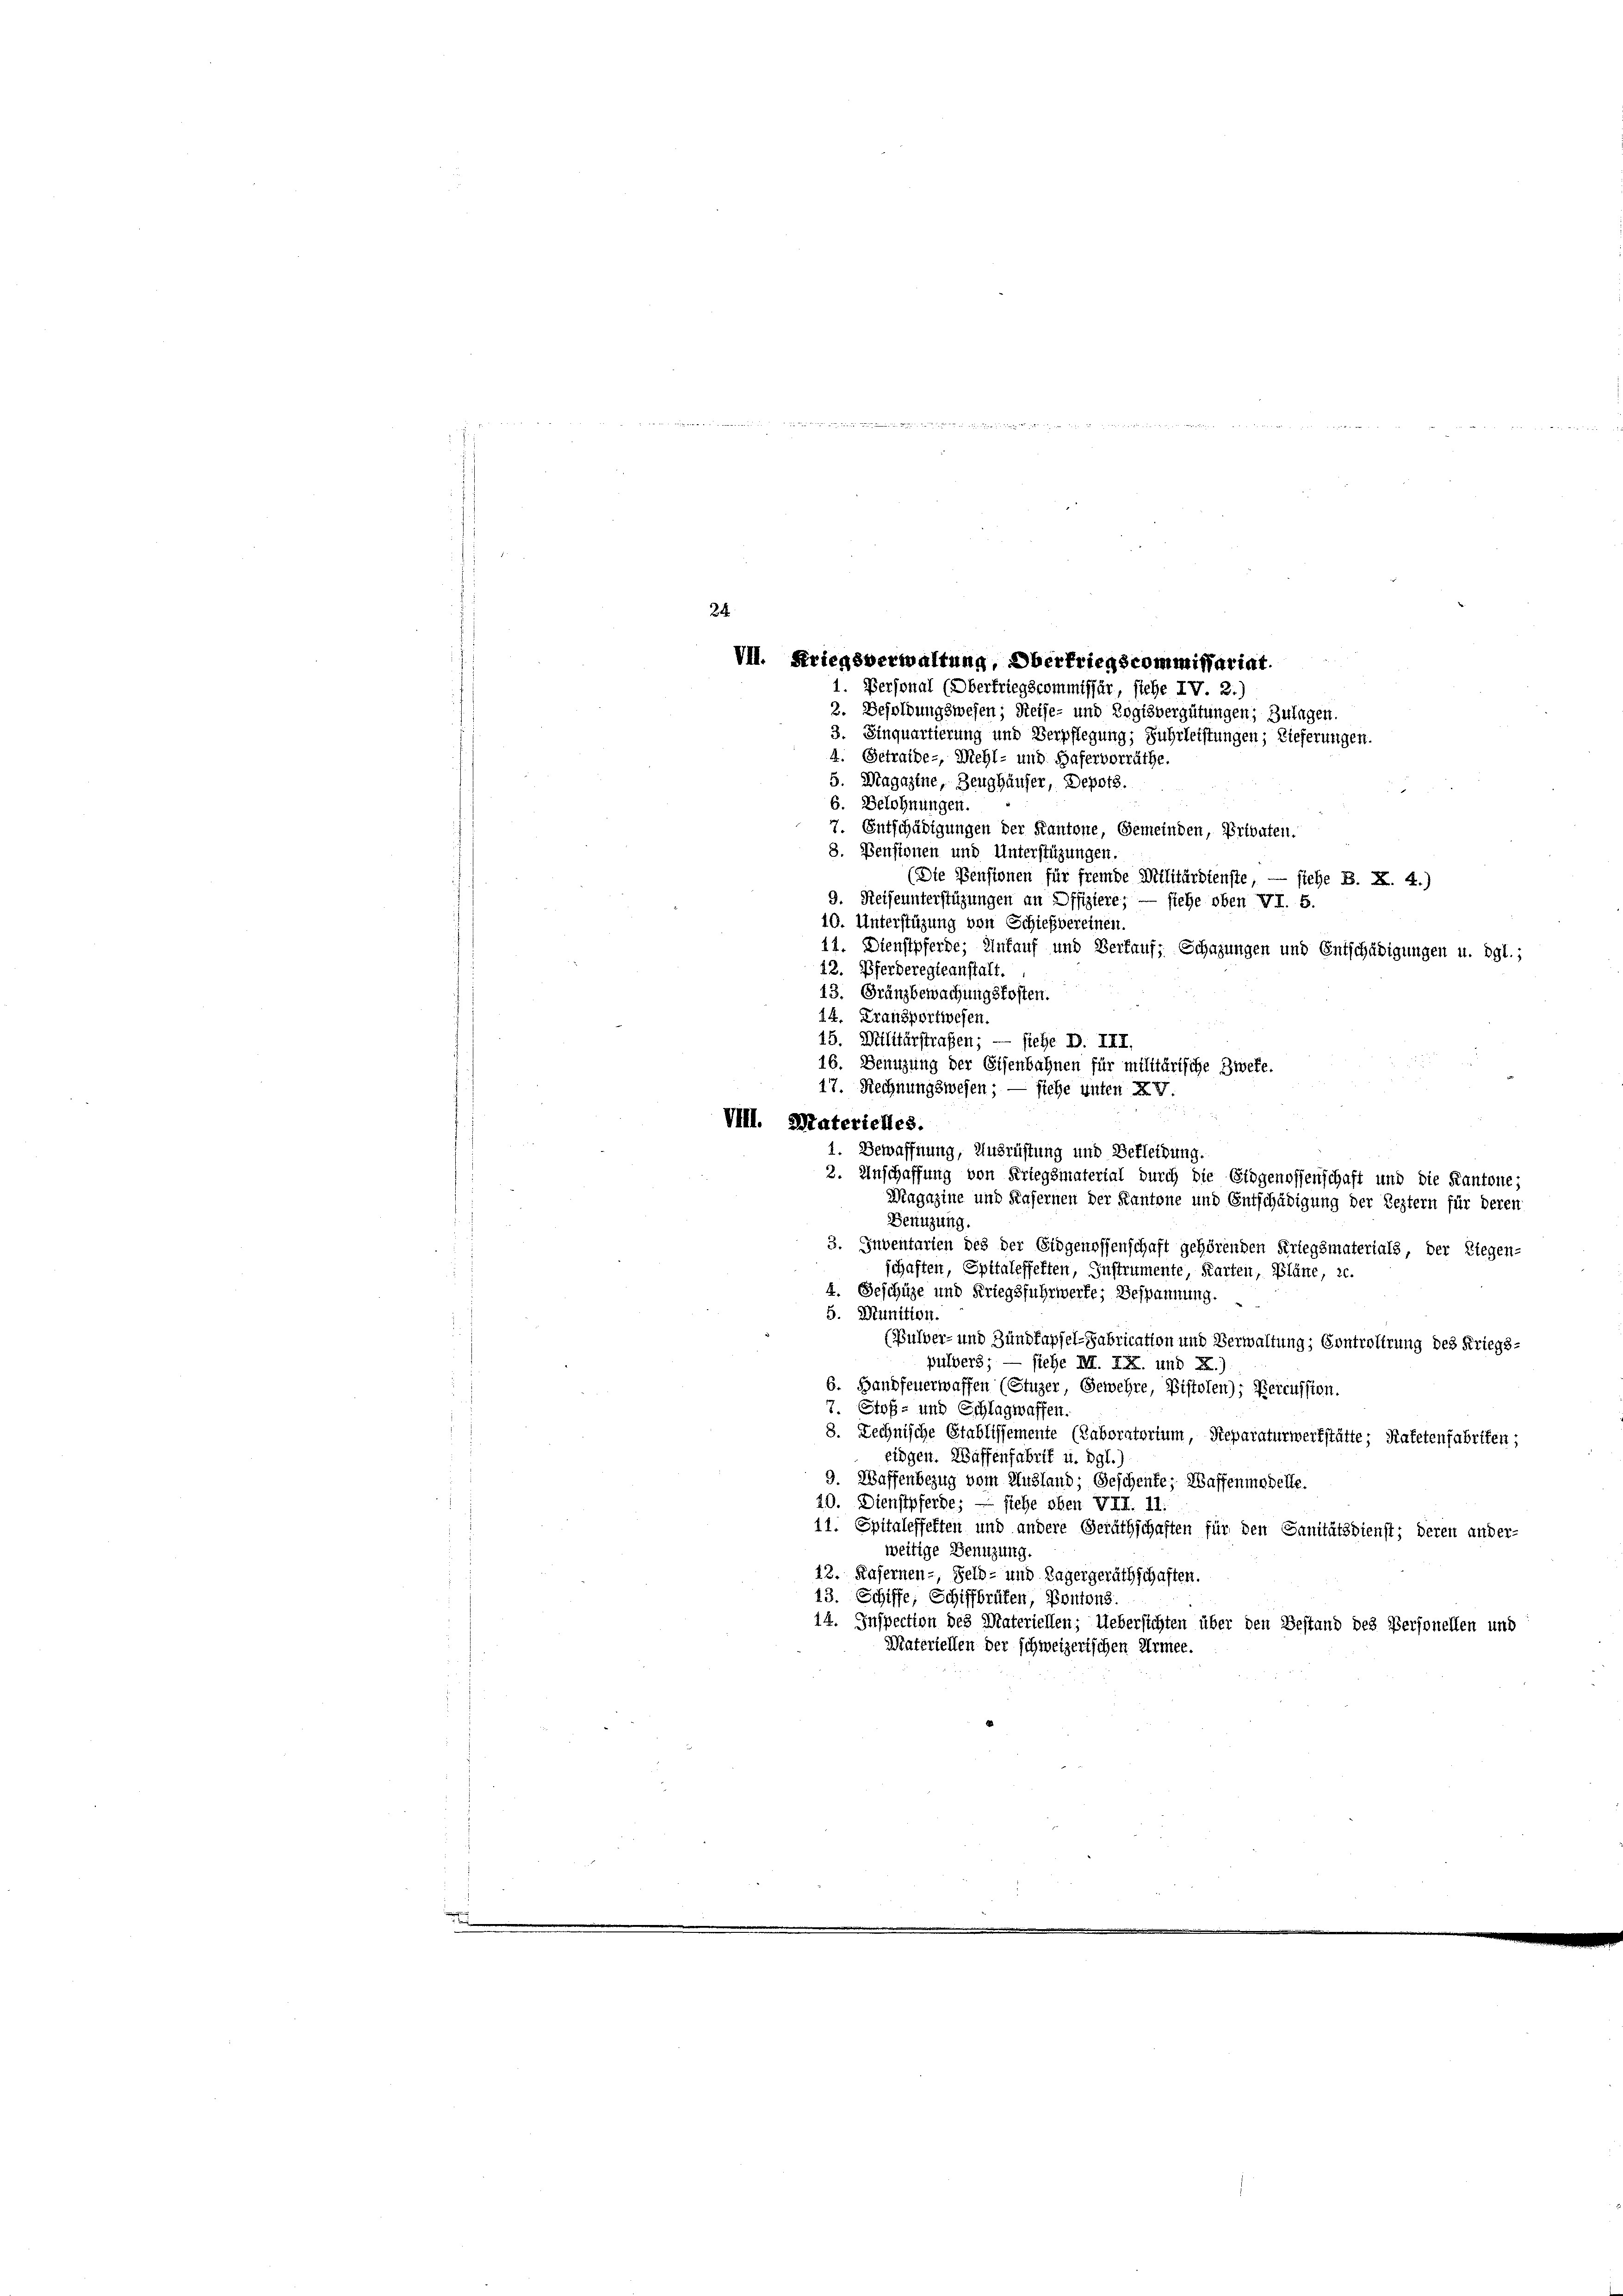
5. Magazine, Zeughäuser, Depots.
6. Belohnungen.
7. Entschädigungen der Kantone, Gemeinden, Privaten.
8. Pensionen und Unterstüzungen.
(Die Pensionen für fremde Militärdienste, — siehe B. X. 4.)
9. Reiseunterstüzungen an Offiziere; — siehe oben VI. 5.
10. Unterstüzung von Schießvereinen.
11. Dienstpferde; Einkauf und Verkauf, Schazungen und Entschädigungen u. dgl.;
12. Pferderegleanstalt.
13. Gränzbewachungskosten.
14. Fransportwesen.
15. Militärstraßen; — siehe D. III.
16. Benuzung der Eisenbahnen für militärische Zweke.
VIII. Materiettes.
2. Unschaffung von Kriegsmaterial durch die Eidgenossenschaft und die Kantone;
Benutzung.
3. Inventarten des der Eidgenossenschaft gehörenden Kriegsmaterials, der Riegen-
schaften, Spitaleffetten, Instrumente, Karten, Pläne, sc
4. Geschüze und Kriegsfuhrwerfe; Bespannung.
5. Munition.
(Bulver- und Zundfapfel-Fabrication und Verwaltung; Controlirung des Kriegs-
pulvers; — siehe M. IX. und X.)
6. Handfeuerwaffen (Stuzer, Gewehre, Bistolen); Bereussion.
7. Stoß- und Schlagwaffen.
8. Rechnische Etablissemente (Taboratorium, Steparaturwerkstätte; Kafetenfabriken;
eidgen. Waffenfabrif u. dgl.)
9. Wassenbezug vom Ausland; Geschenke; Waffenmodelle.
40. Dienstpferde; — siehe oben VII. 11.
11. Spitaleffetten und andere Geräthschaften für den Sanitätsdienst; deren ander-
weitige Benuzung.
12. Kasernen-, Feld- und Tagergeräthschaften.
13. Schiffe, Schiffbrüfen, Pontons.
14. Inspection des Materiellen; Uebersichten über den Bestand des Personellen und
Materiellen der schweizerischen Armee.

24.
VII. Kriegsverwaltung, Oberfriegscommissariat.
1. Personal (Oberkriegscommissär, stehe IV. 2.)
2. Besoldungswesen; Reise- und Ergisvergütungen; Zulagen.
3. Sinquartierung und Verpflegung; Fuhrleistungen; Lieferungen.
4. Getraide-, Mehl- und Hafervorräthe.

17. Rechnungswesen; — siehe unten XV.
1. Bewaffnung, Ausrüstung und Bekleidung.

Magazine und Kasernen der Kantone und Entschädigung der Leztern für deren